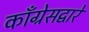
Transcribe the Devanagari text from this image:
काँग्रेसद्वारे